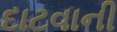
દાટવાની